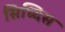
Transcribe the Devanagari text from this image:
सिध्दिस